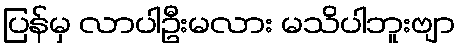
ပြန်မှ လာပါဦးမလား မသိပါဘူးဗျာ